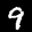
Label: 9